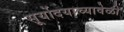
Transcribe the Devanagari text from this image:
सूर्योदयाच्यावेळी